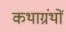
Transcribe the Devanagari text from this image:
कथाग्रंथों